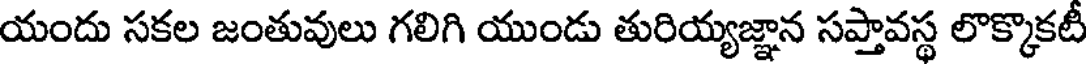
యందు సకల జంతువులు గలిగి యుండు తురియ్యజ్ఞాన సప్తావస్థ లొక్కొకటీ